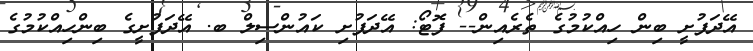
އޭދަފުށީ ބިން ހިއްކުމުގެ ތެރެއިން-- ފޮޓޯ: އޭދަފުށި ކައުންސިލް ބ. އޭދަފުށީގެ ބިންހިއްކުމުގެ